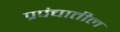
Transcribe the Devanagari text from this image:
प्रपंचातील